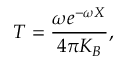
{ \cal T } = \frac { \omega e ^ { - \omega X } } { 4 \pi K _ { B } } ,